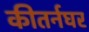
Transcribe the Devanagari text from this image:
कीतर्नघर